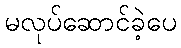
မလုပ်ဆောင်ခဲ့ပေ